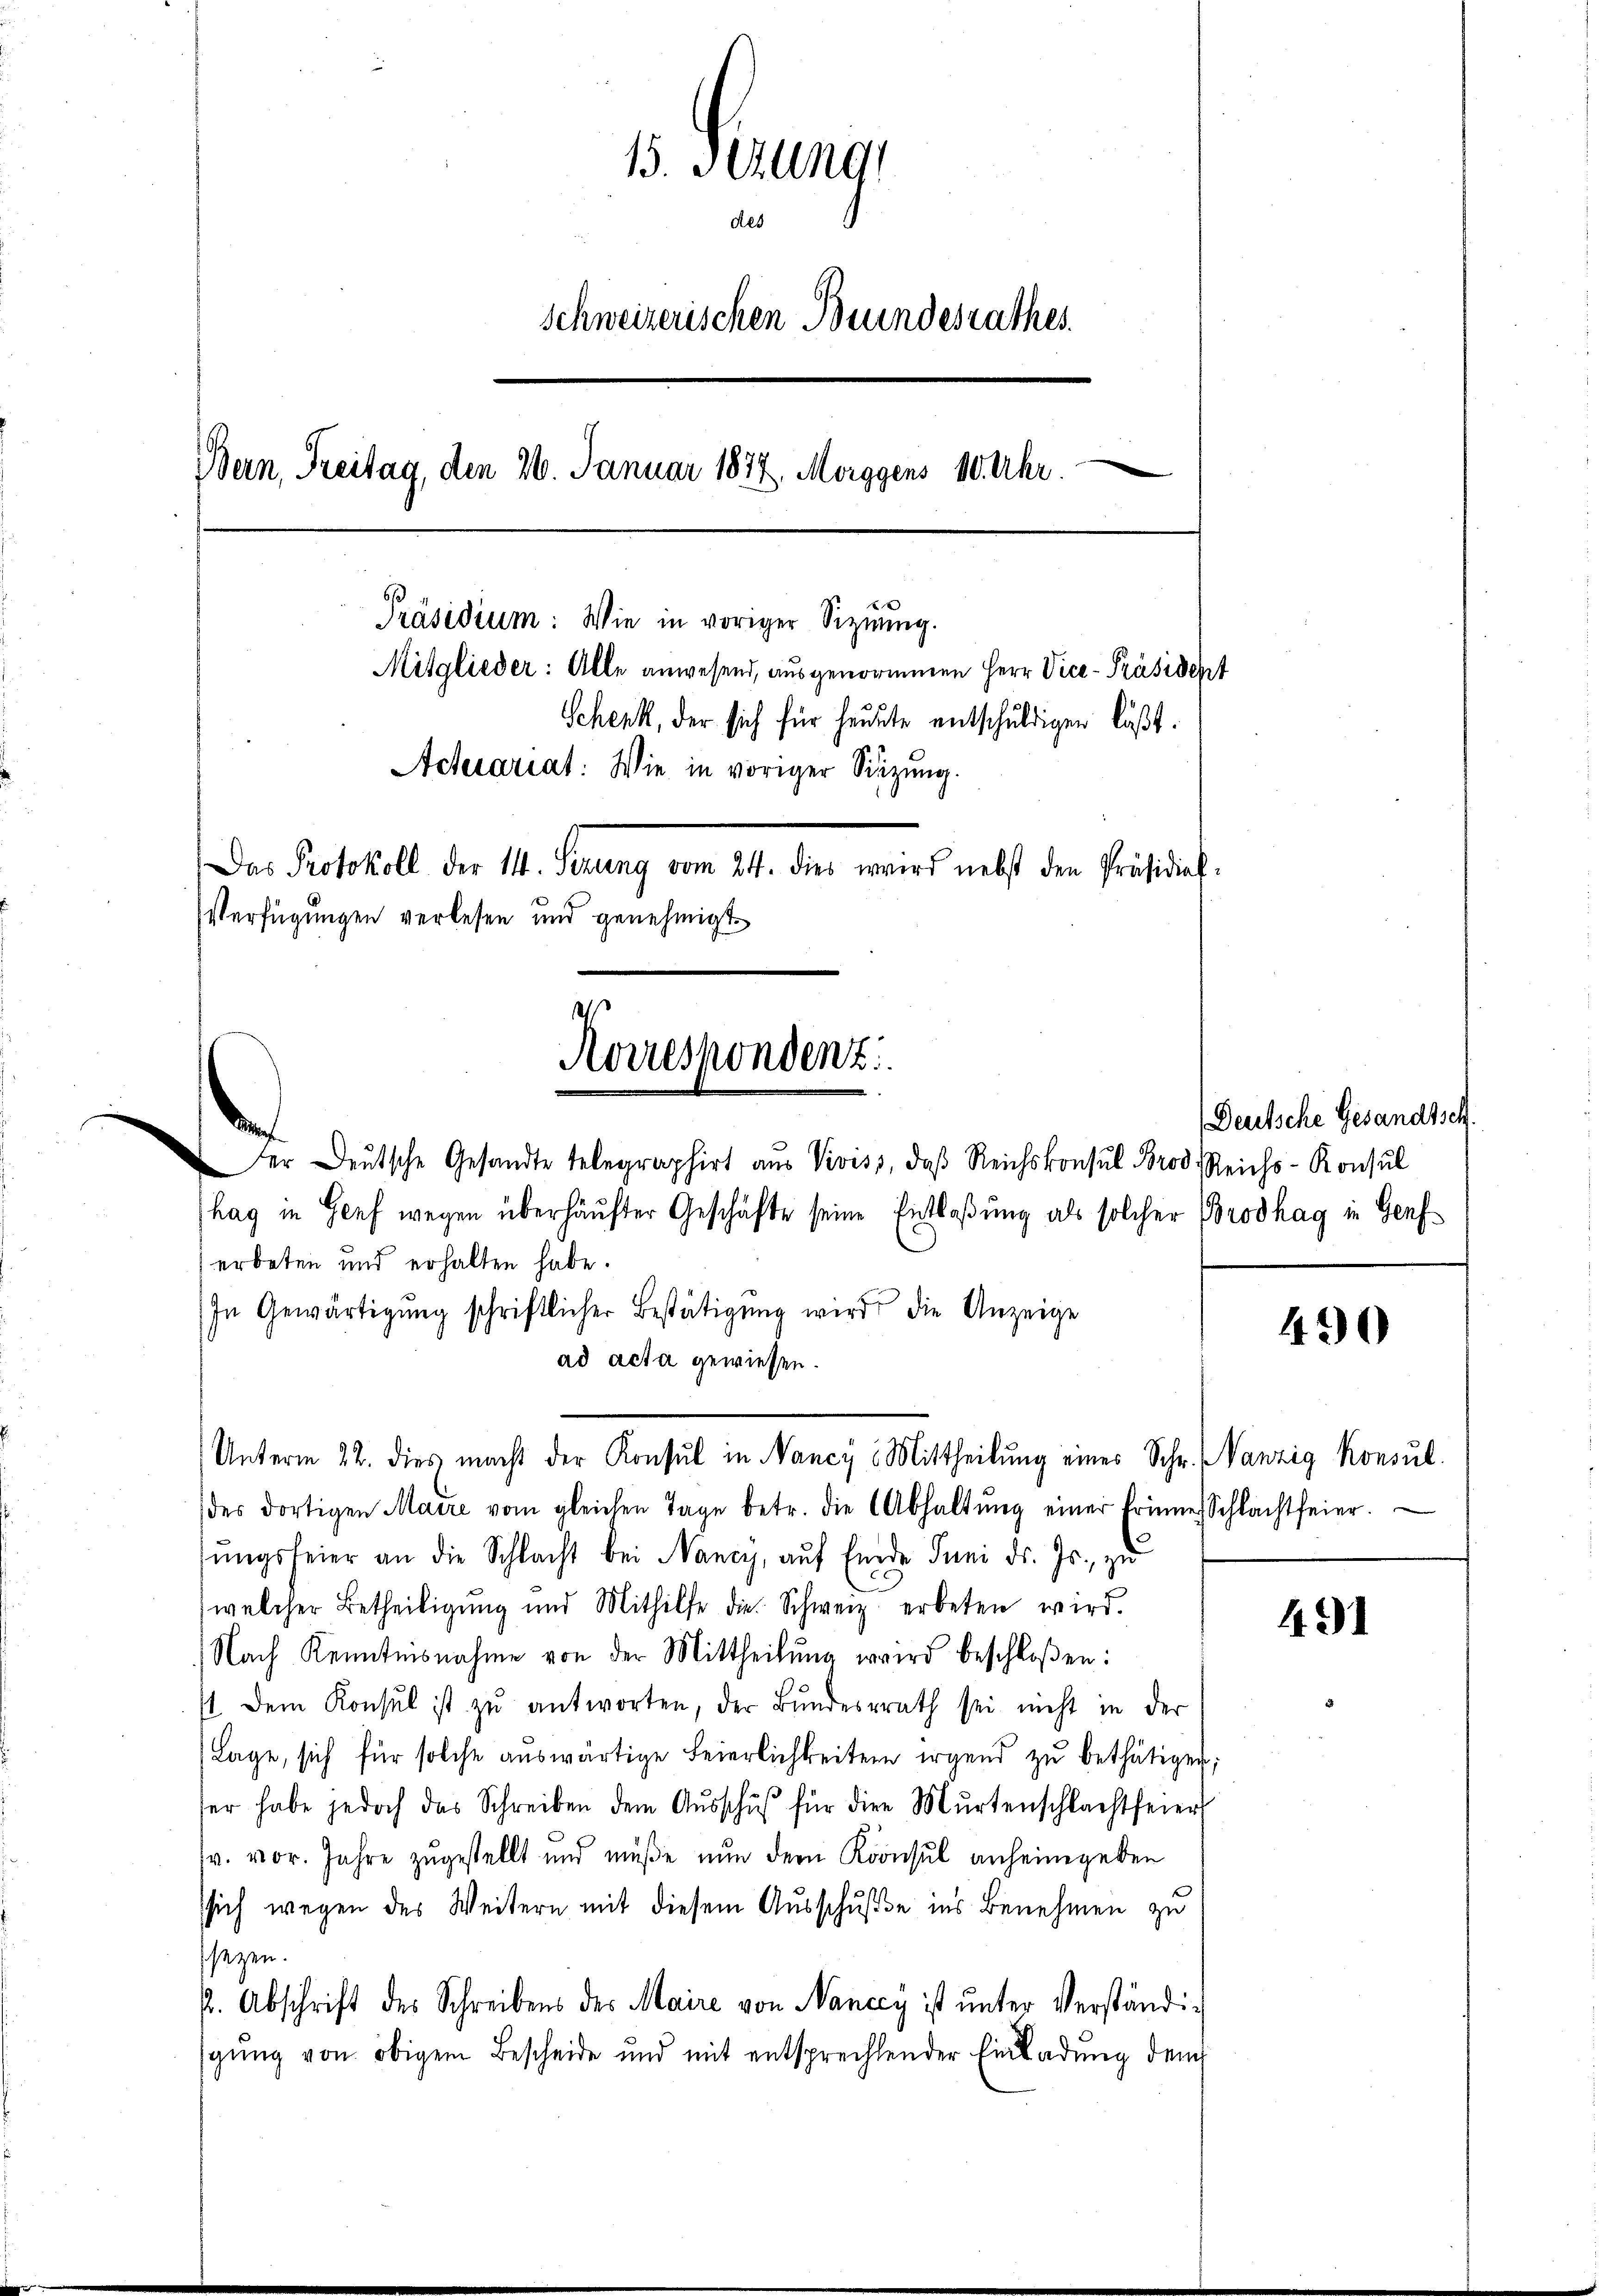
15. Jung
des
Schweizerischen Bundesrathes.
.
Bern, Freitag, den 26. Januar 1874, Morggens 10. Uhr.
Präsidium: Wie in voriger Signung.
Mitglieder: Alle anwesend, ausgenommenen Herr Vice-Präsident
Schenk, der sich für heute entschuldigen läßt.
Achecariat: Wie in voriger Sitzung.
Das Protokoll der 14. Denung vom 14. dies wird nebst den Präsidial¬
Verfügungen verlesen und genehmigt
e
Aorrespondenz

er Deutsche Gesandte telegraphirt aus Viviss, daß Reichskonsul Brod, Reichs-Konsul
hag in Genf wegen überhäuster Geschäfte seine Entlaßung als solcher Brodhag in Genf
erbeten und erhalten habe.
In Gewärtigŭng schriftlicher Bestätigung wird die Anzeige
ad acta gewiesen.
(des dortigen Maire vom gleichen Tage betr. die Abhaltŭng einer Erinne Schlachtfeier.
sŭngsfeier an die Schlacht bei Nancy, aŭf Ende Juni d. Js. zŭ
welcher Betheiligŭng und Mithilfe die Schweiz erbeten wird.
Nach Kenntnisnahme von der Mittheilung wird beschloßen:
/ dem Konsul ist zŭ antworten, der Bundesrath sei nicht in der
Lage, sich für solche auswärtige Feierlichkeiten irgend zu bethätigen;
ser habe jedoch das Schreiben dem Aŭsschŭβ für die Mŭrtenschlachtfeier
v. vor. Jahre zugestellt und müße nun dem Konsul anheimgeben
sich wegen des Weitern mit diesem Ausschuße ins Benehmen zu
ssezen.
p. Abschrift des Schreibens des Maire von Nancy ist unter Verständigŭng von obigem Bescheide und mit entsprechtender Einladung dem

M.

Unterm 22. dies macht der Konsul in Nancy Mittheilung eines Schr. anzig Konsul-

Deutsche Gesandtsch.

490

431